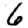
Digit: 6